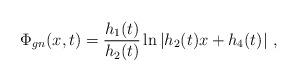
LaTeX: \begin{align*}\Phi_{gn} (x,t) = {\frac{h_1(t)}{h_2(t)}} \ln \vert h_2(t) x +h_4(t) \vert\ ,\end{align*}